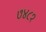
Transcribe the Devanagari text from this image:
७४८१